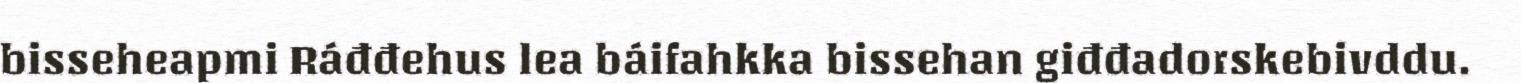
bisseheapmi Ráđđehus lea báifahkka bissehan giđđadorskebivddu.